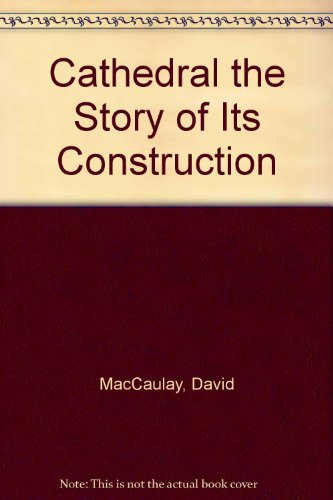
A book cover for Cathedral the Story of Its Construction; David MacCaulay; Teen & Young Adult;